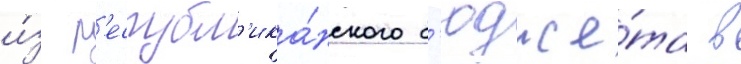
и́з р'еспубл'ика́нского б'юдже́та в